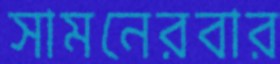
সামনেরবার